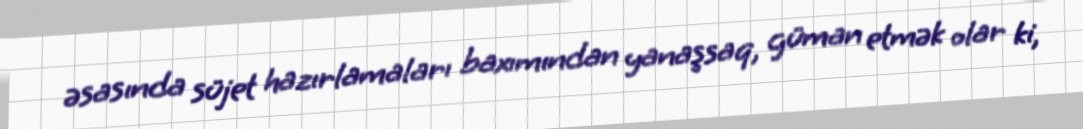
əsasında süjet hazırlamaları baxımından yanaşsaq, güman etmək olar ki,